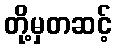
တို့မှတဆင့်